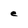
Character: e